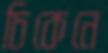
চিকেনে